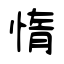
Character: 惰